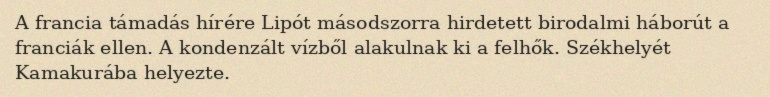
A francia támadás hírére Lipót másodszorra hirdetett birodalmi háborút a franciák ellen. A kondenzált vízből alakulnak ki a felhők. Székhelyét Kamakurába helyezte.